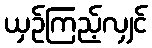
ယှဉ်ကြည့်လျှင်